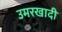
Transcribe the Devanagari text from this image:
उमरखादी